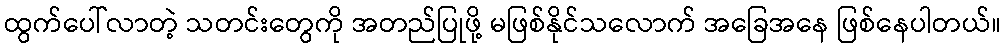
ထွက်ပေါ်လာတဲ့ သတင်းတွေကို အတည်ပြုဖို့ မဖြစ်နိုင်သလောက် အခြေအနေ ဖြစ်နေပါတယ်။